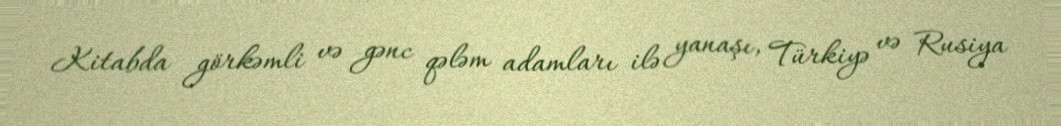
Kitabda görkəmli və gənc qələm adamları ilə yanaşı, Türkiyə və Rusiya